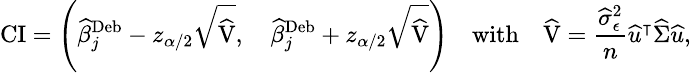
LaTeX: \small\mathrm{CI}=\left(\widehat{\beta}_{j}^{\mathrm{Deb}}-z_{\alpha/2}\sqrt{\widehat{\mathrm{V}}},\quad\widehat{\beta}_{j}^{\mathrm{Deb}}+z_{\alpha/2}\sqrt{\widehat{\mathrm{V}}}\right)\quad\mathrm{with}\quad\widehat{\mathrm{V}}=\frac{\widehat{\sigma}_{\epsilon}^{2}}{n}\widehat{u}^{\intercal}\widehat{\Sigma}\widehat{u},